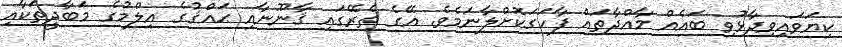
ކިޔަވައިވިދާޅުވި ބައެއް މާއްދާތައް ފާހަގަކޮށްލާނަމެވެ. އޭގެ ތެރޭގައި ޤާނޫނާއި ޙައްޤުގެ އިލްމުގެ މަބާދީތަކާއި